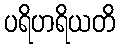
ပရိဟရိယတိ